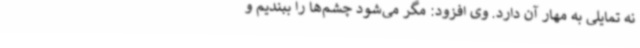
نه تمایلی به مهار آن دارد. وی افزود: مگر می‌شود چشم‌ها را ببندیم و